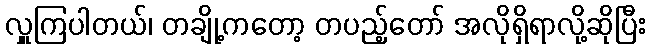
လှူကြပါတယ်၊ တချို့ကတော့ တပည့်တော် အလိုရှိရာလို့ဆိုပြီး